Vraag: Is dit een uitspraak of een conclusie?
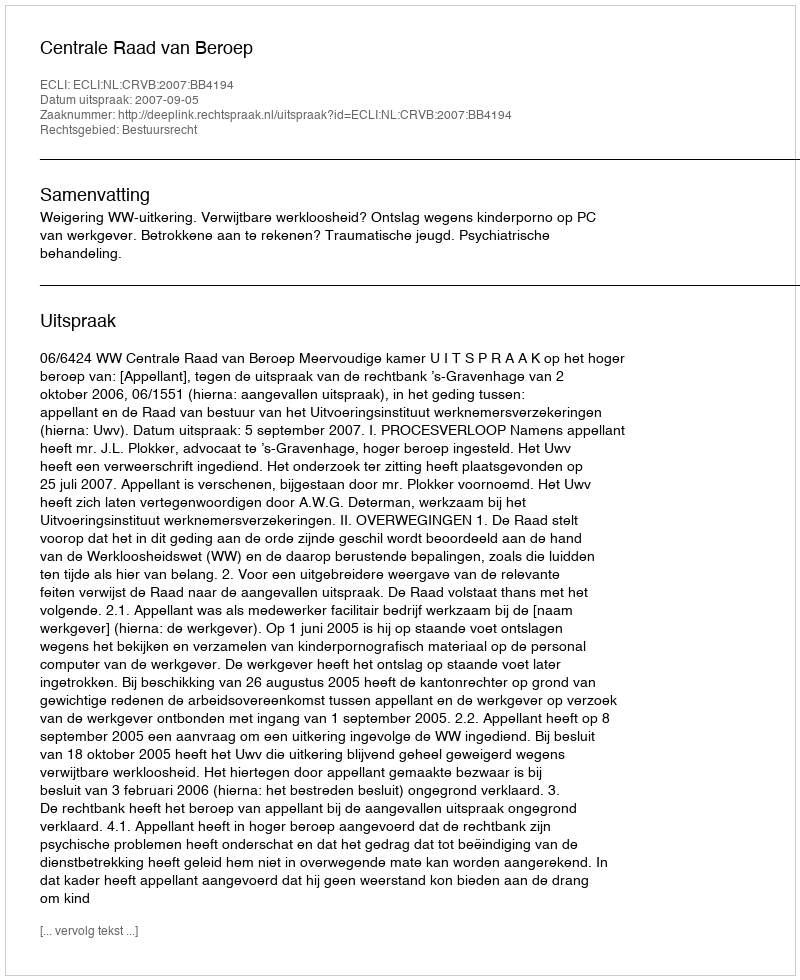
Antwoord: Uitspraak